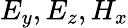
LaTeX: E_{y},E_{z},H_{x}